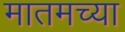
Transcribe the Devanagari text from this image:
मातमच्या